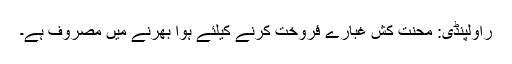
راولپنڈی: محنت کش غبارے فروخت کرنے کیلئے ہوا بھرنے میں مصروف ہے۔